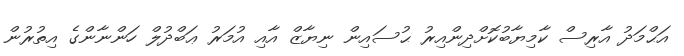
އަޙްމަދު އާރިސް ކާމިޔާބުކޮށްދިންއިރު ޙުސައިން ނިޔާޒް އާއި އުމަރު ޢަބްދުލް ހަންނާންގެ އިތުރުން